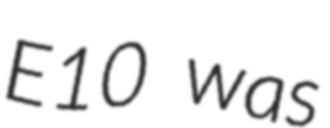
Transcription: E10 was